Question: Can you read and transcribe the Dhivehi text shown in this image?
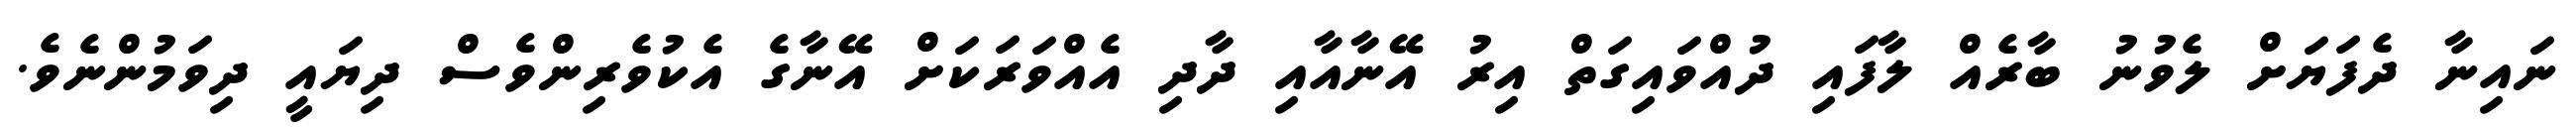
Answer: ނައިނާ ދެފަޔަށް ލެވުނު ބާރެއް ލާފައި ދުއްވައިގަތް އިރު އޭނާއާއި ދާދި އެއްވަރަކަށް އޭނާގެ އެކުވެރިންވެސް ދިޔައީ ދިވަމުންނެވެ.